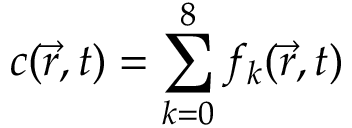
c ( \vec { r } , t ) = \sum _ { k = 0 } ^ { 8 } f _ { k } ( \vec { r } , t )